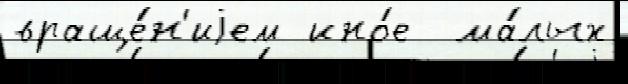
враще́н'иjем ино́е  ма́лых